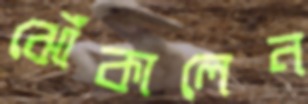
ঝোঁকালেন